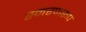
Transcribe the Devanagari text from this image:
स्मरणरूप